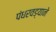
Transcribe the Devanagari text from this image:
पंधरवड्याने